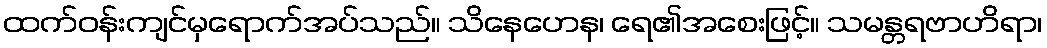
ထက်ဝန်းကျင်မှရောက်အပ်သည်။ သိနေဟေန၊ ရေ၏အစေးဖြင့်။ သမန္တရဗာဟိရာ၊